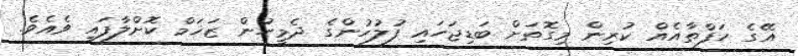
އޭގެ ހަފްތާއެއް ކުރިން މިގޮތަށް ބަޑިޖަހައި ފުލުހުންގެ ދެމީހުން ޒަޚަމް ކޮށްލާފައި ވެއެވެ.